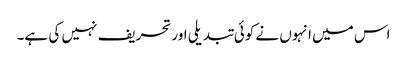
اس میں انہوں نے کوئی تبدیلی اور تحریف نہیں کی ہے۔